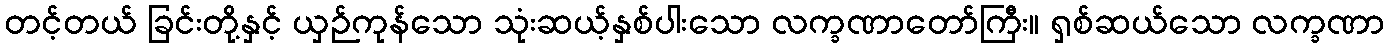
တင့်တယ် ခြင်းတို့နှင့် ယှဉ်ကုန်သော သုံးဆယ့်နှစ်ပါးသော လက္ခဏာတော်ကြီး။ ရှစ်ဆယ်သော လက္ခဏာ